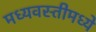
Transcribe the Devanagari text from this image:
मध्यवस्तीमध्ये